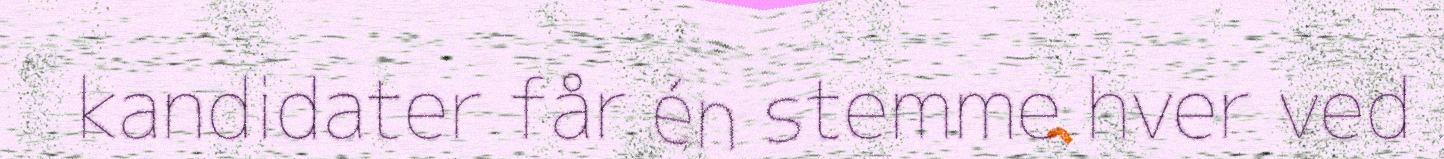
kandidater får én stemme hver ved